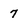
Character: 7